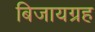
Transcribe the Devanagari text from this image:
बिजायग्रह